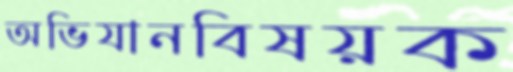
অভিযানবিষয়ক